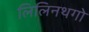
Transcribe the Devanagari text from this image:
लिलिनथगो